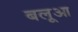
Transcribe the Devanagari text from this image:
बलूआ